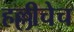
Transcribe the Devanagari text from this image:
हल्लीचेच